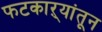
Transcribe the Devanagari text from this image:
फटकाऱ्यांतून